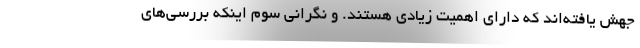
جهش یافته‌اند که دارای اهمیت زیادی هستند. و نگرانی سوم اینکه بررسی‌های